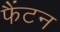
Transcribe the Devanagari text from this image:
फैंटन